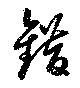
錯